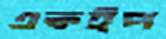
একইপ